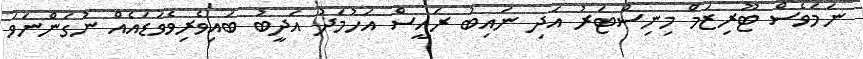
ނަމަވެސް ޓޫރިޒަމް މިނިސްޓަރު އަދި ނައިބު ރައީސް އަހުމަދު އަދީބު ބައިވެރިވެވަޑައެއް ނުގަންނަވަ